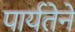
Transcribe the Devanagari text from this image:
पार्यतेने